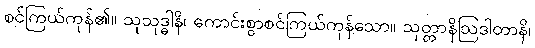
စင်ကြယ်ကုန်၏။ သုသုဒ္ဓါနိ၊ ကောင်းစွာစင်ကြယ်ကုန်သော။ သုတ္တာနိဩဒါတာနိ၊